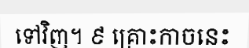
ទៅវិញ។ ៩ គ្រោះកាចនេះ